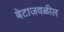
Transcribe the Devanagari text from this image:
बेटाजवळील